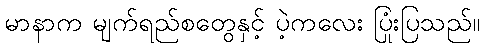
မာနာက မျက်ရည်စတွေနှင့် ပဲ့ကလေး ပြုံးပြသည်။